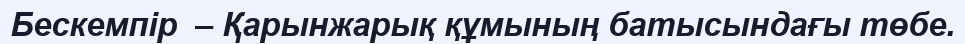
Бескемпір  – Қарынжарық құмының батысындағы төбе.